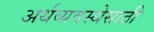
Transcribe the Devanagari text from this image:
अर्थव्यवस्थेसाठी